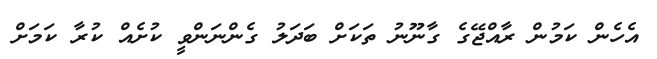
އެހެން ކަމުން ރާާއްޖޭގެ ގާނޫނު ތަކަށް ބަދަލު ގެންނަންވީ ކުށެއް ކުރާ ކަމަށް